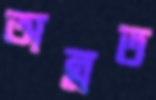
অন্নত